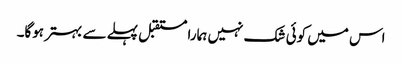
اس میں کوئی شک نہیں ہمارا مستقبل پہلے سے بہتر ہوگا۔